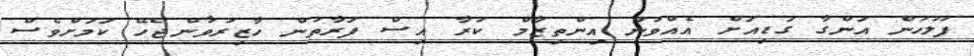
ފުލުހުން އަންގާ ގަޑިއަށް އެއްވުން އިންތިޒާމް ކުރާ އިސް ފަރާތުން ހާޒިރުވާންޖެހޭ ކަމަށްވެސް